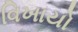
વિખાયો